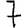
Digit: 7